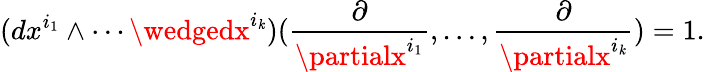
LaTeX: (dx^{i_{1}}\wedge\cdots\wedgedx^{i_{\mathit{k}}})({\frac{{\partial}}{{\partialx^{i_{1}}}}},\ldots,{\frac{{\partial}}{{\partialx^{i_{\mathit{k}}}}}})=1.